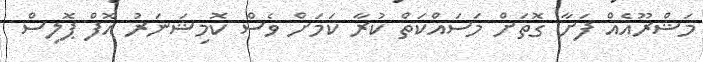
މަޝްރޫއެއް ފަށާ ގޮތަށް މަސައްކަތް ކުރާ ކަމަށް ވެސް ކޮމިޝަނަރު އޮފް ޕޮލިސް